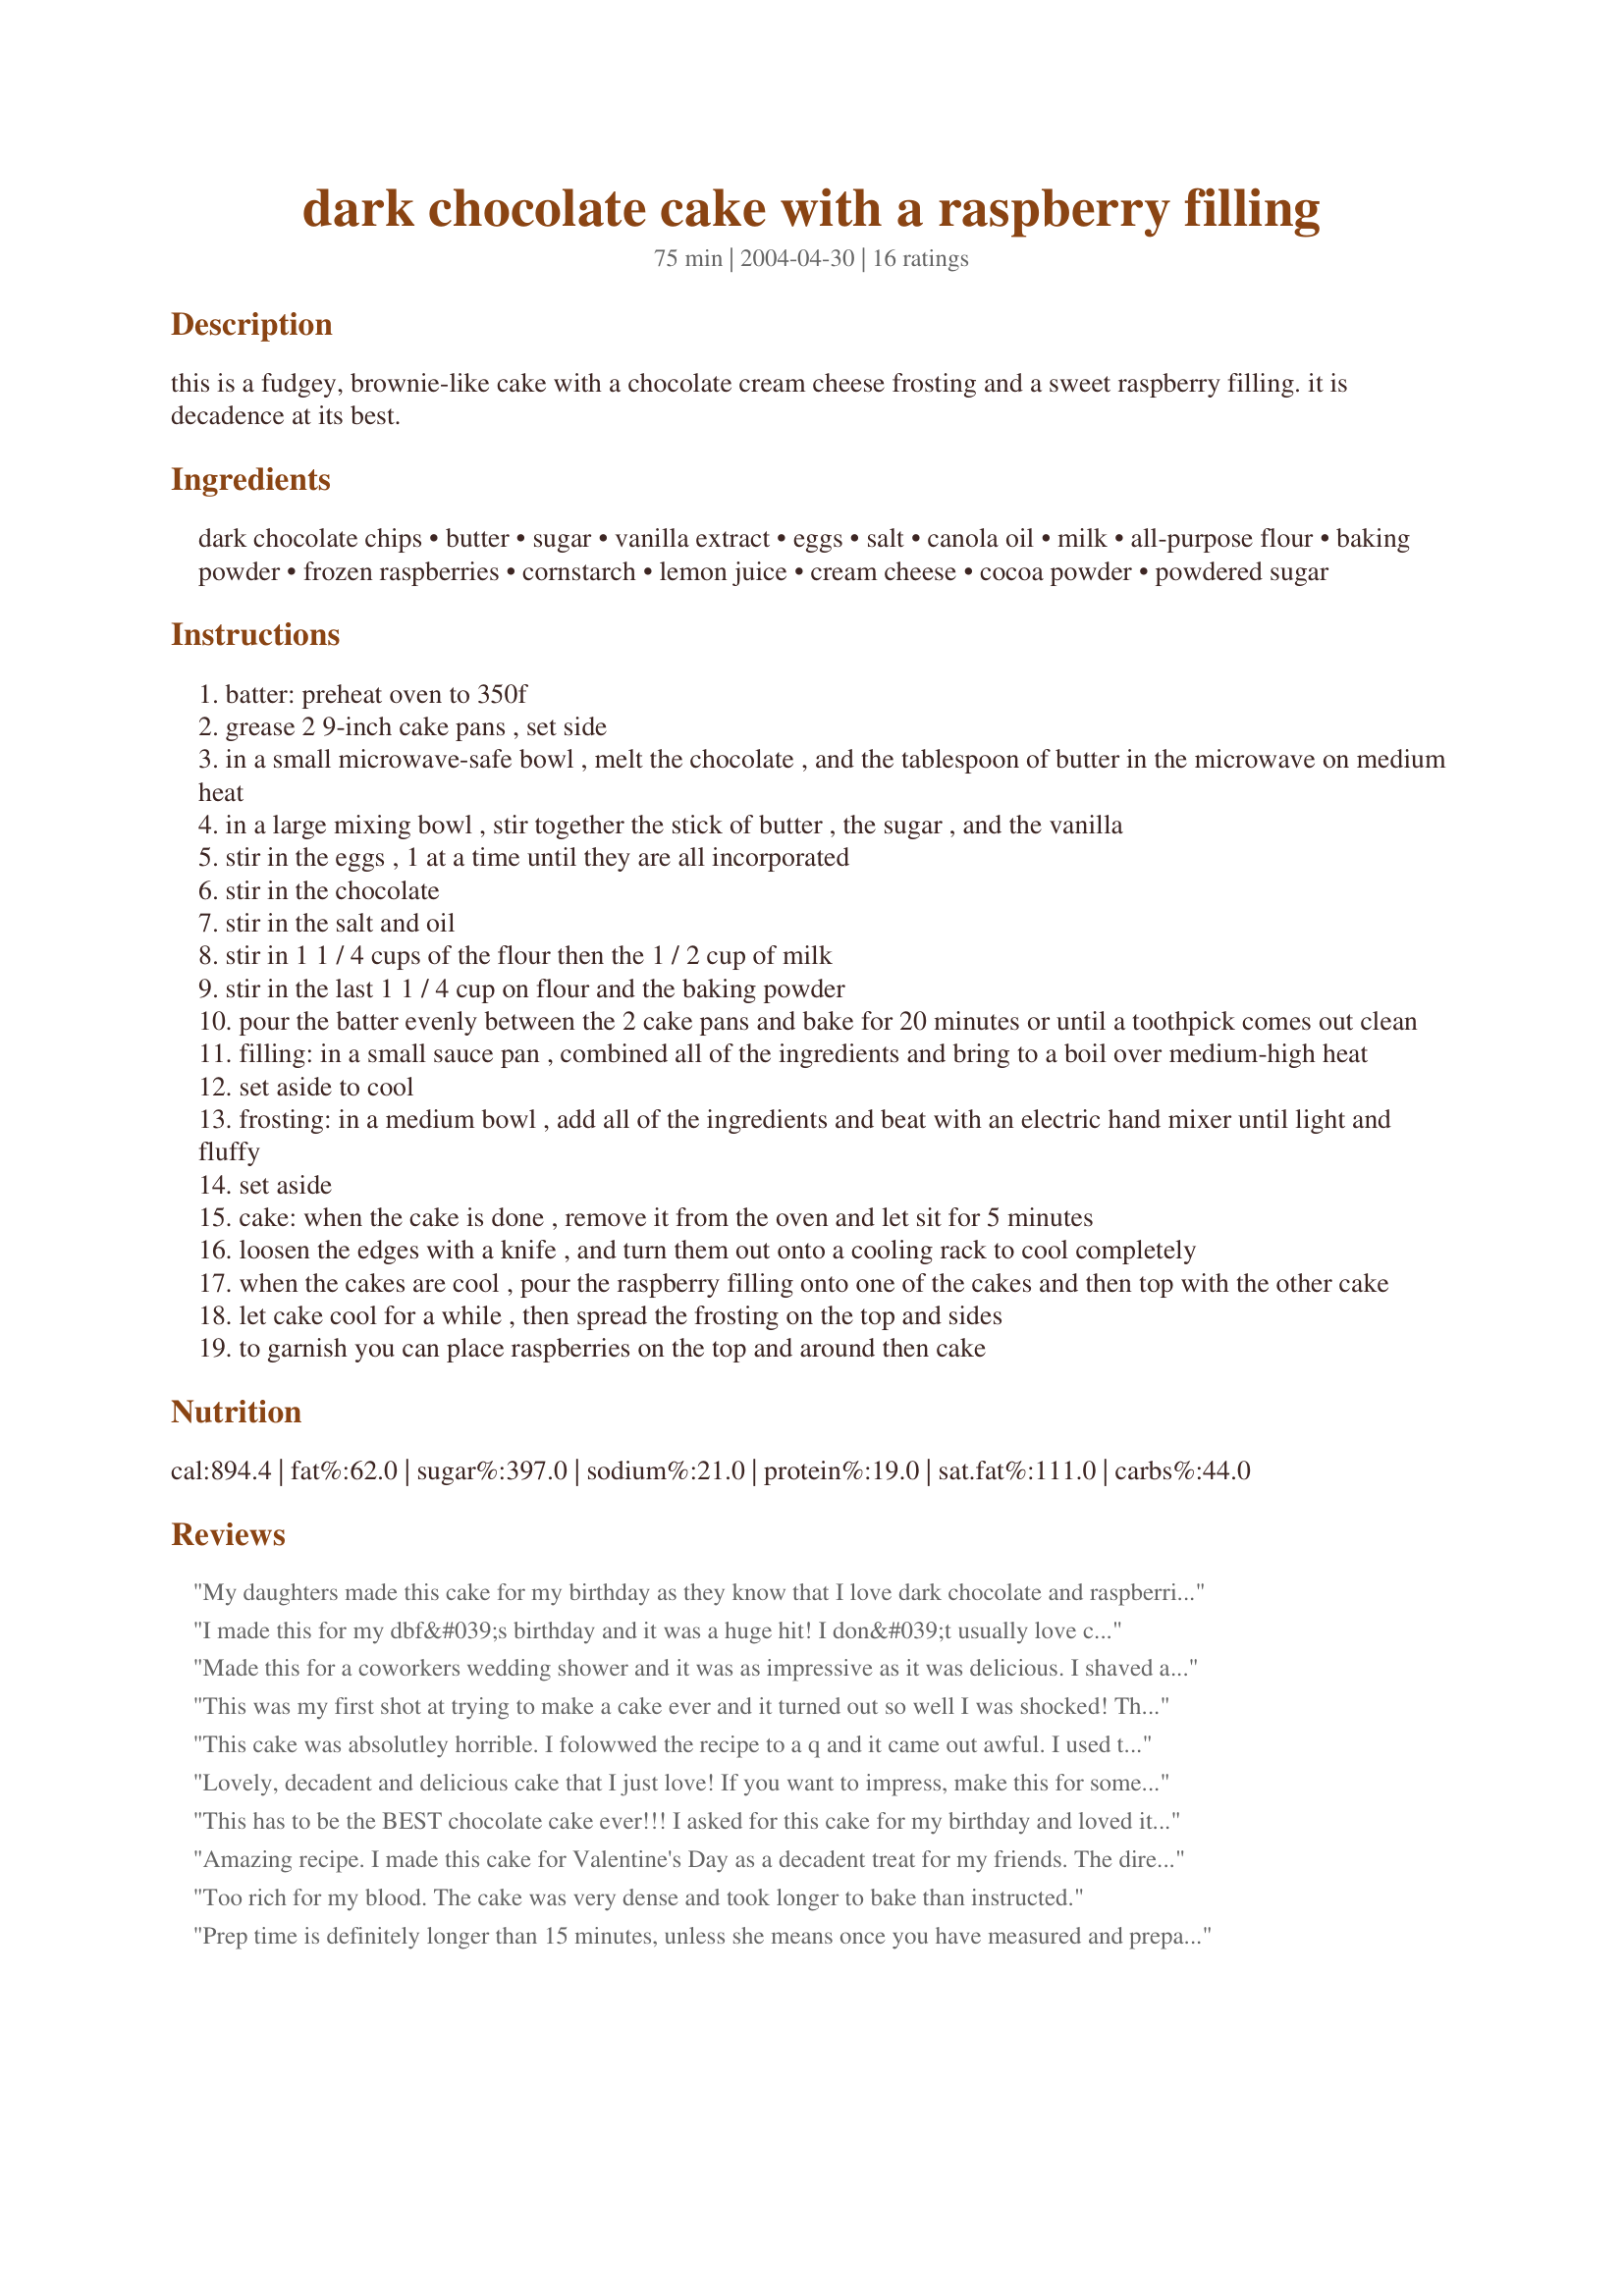
dark chocolate cake with a raspberry filling
Preparation time: 75 minutes

this is a fudgey, brownie-like cake with a chocolate cream cheese frosting and a sweet raspberry filling. it is decadence at its best.

Ingredients:
dark chocolate chips, butter, sugar, vanilla extract, eggs, salt, canola oil, milk, all-purpose flour, baking powder, frozen raspberries, cornstarch, lemon juice, cream cheese, cocoa powder, powdered sugar

Steps:
batter: preheat oven to 350f
grease 2 9-inch cake pans , set side
in a small microwave-safe bowl , melt the chocolate , and the tablespoon of butter in the microwave on medium heat
in a large mixing bowl , stir together the stick of butter , the sugar , and the vanilla
stir in the eggs , 1 at a time until they are all incorporated
stir in the chocolate
stir in the salt and oil
stir in 1 1 / 4 cups of the flour then the 1 / 2 cup of milk
stir in the last 1 1 / 4 cup on flour and the baking powder
pour the batter evenly between the 2 cake pans and bake for 20 minutes or until a toothpick comes out clean
filling: in a small sauce pan , combined all of the ingredients and bring to a boil over medium-high heat
set aside to cool
frosting: in a medium bowl , add all of the ingredients and beat with an electric hand mixer until light and fluffy
set aside
cake: when the cake is done , remove it from the oven and let sit for 5 minutes
loosen the edges with a knife , and turn them out onto a cooling rack to cool completely
when the cakes are cool , pour the raspberry filling onto one of the cakes and then top with the other cake
let cake cool for a while , then spread the frosting on the top and sides
to garnish you can place raspberries on the top and around then cake

Reviews:
My daughters made this cake for my birthday as they know that I love dark chocolate and raspberries. It was fabulous! This has definitely become a family favorite :-)
I made this for my dbf&#039;s birthday and it was a huge hit! I don&#039;t usually love chocolate cake but this is more like a huge fudgy brownie with frosting. The raspberries lend a wonderful tartness to cut the sweetness of the rest of the cake. Only a couple of notes...I think 15 minutes is a little optimistic for prep time because there are three separate steps but even a novice baker can handle them one at a time. The other thing is rather funny...I&#039;m impatient and I always want to get to the cake so I don&#039;t prepare the pans ahead of time. Don&#039;t be like me! By the time I washed and greased the pans the batter was so thick I had to play mud pies with it! It didn&#039;t effect the terrific end result but I made a mess pressing the batter in the heart shaped pans with my fingers! This is an outstanding cake if you want something different. Thanks for the great recipe!&lt;br/&gt;Just an update: After polishing off every last crumb of this cake we all declared this the best cake we have EVER had. If you are reading this recipe...don&#039;t hesitate to make it, you won&#039;t be sorry!&lt;br/&gt;Another Update: I made this as cupcakes(just the cake) for my BBF&#039;s son&#039;s wedding reception. I filled them with vanilla creme and placed a bowl of fudge frosting next to them for people who wanted it(didn&#039;t need it at all).They RAVED about it. I don&#039;t like chocolate cake, especially dark chocolate yet I have to admit that not all of them reached the reception and for some strange reason:) my dress didn&#039;t fit as well as before...good thing I made lots!
Made this for a coworkers wedding shower and it was as impressive as it was delicious. I shaved a little gourmet bittersweet chocolate over the top. Very rich but the raspberries cut through it nicely.
This was my first shot at trying to make a cake ever and it turned out so well I was shocked! The recipe is easy to follow and the results are amazing! I think I dirtied every dish in the house in the process but it was worth the effort. I did cupcakes instead of a whole cake because I didn't have any other kind of pan at home. I cut the out the tops of the cupcakes and filled them with the raspberry filling and poked the tops back on sealing them in place with the frosting it was delicious! Hopefully my picture will be up soon! Thank you so much for this recipe!
This cake was absolutley horrible. I folowwed the recipe to a q and it came out awful. I used the same exact ingredients and everything. It was dry and hard and just disqusting. The filling was wonderful however it dispointed me how the recipe uses frozen raspberries instead of fresh. The frosting was amazing too. But the cake just ruined it for me.
Lovely, decadent and delicious cake that I just love! If you want to impress, make this for someone special for their birthday. They will think they are very special indeed!
This has to be the BEST chocolate cake ever!!! I asked for this cake for my birthday and loved it! The cake is dense like a brownie and the tart raspberry sauce compliments the sweet chocolate. It does require a little time to make, but it is well worth it (as I made it later for my mom's birthday). You must try this delicious cake!
Amazing recipe. I made this cake for Valentine's Day as a decadent treat for my friends. The directions specify to "pour" the batter into the two cake pans, but it's TOO thick to pour. Don' be alarmed, this cake has a brownie consistency---the batter is very thck and gooey. Make sure to spead even in the pan and not worry that it isn't rising. I saved time by using Betty Crocker's dutch chocolate frosting and no one was the wiser. The filling is super easy and GREAT!!!
Too rich for my blood. The cake was very dense and took longer to bake than instructed.
Prep time is definitely longer than 15 minutes, unless she means once you have measured and prepared everything. Does use lots of dishes and measuring cups/spoons so quite a cleanup. Recipe says to bake 20 mins or until toothpick comes out clean. At 20 mins my cake was still wet and gooey on the toothpick. At 24 it still wasnt clean. I finally removed it at 26 even though the toothpick still had sticky chocolate traces on it. I think it was overbaked. It probably needs to be treated like a pan of brownies that appears slightly underbaked. The cake was very dense but too firm and not like a fudgy brownie (almost firm like a flourless chocolate torte) which I think was due to overbaking. This is definitely for a sweet tooth and brownie torte lovers. The filling was good. Frosting was good too. Don&#039;t keep it out of the fridge too long after making it or it will be too soft to frost the cake and you wont get nice swirls. I would make the frosting after the cake is cool and ready to frost for easier decorating. I am going to try this cake with a less dense/brownie like cake recipe. Heads up....a tiny slice goes a long way you could probably feed 16 people with this cake after a meal since it&#039;s so rich..half a normal slice is plenty. &lt;br/&gt;&lt;br/&gt;Bottom line dont bake it for much longer than the recommended 20 mins even if the toothpick isnt clean. Don&#039;t choose this recipe if you dont like heavier, truffle like cake recipes.
This is now my family's favorite cake. I made it for my daughter's birthday, and my husband has already told me he wants me to make one for his birthday. I followed the directions exactly as written and this turned out really well. The cake is rich and moist and the raspberry filling was a nice little sweet surprise in the middle. The frosting was probably the best frosting I've ever made.
I made this last night for two girl friends and we were practically orgasmic over the results. The person who gave this a horrible review obviously did not do the recipe correctly. It turned out wonderfully. The only change I made was to use DARK CHOCOLATE COCOA POWDER for the frosting. Keeping everything DARK CHOCOLATE is the key to making it fantastic. There is nothing more yummy than dark chocolate and raspberries together. Will definitely make again!!
delicious. made for my daughter&#039;s birthday. as stated by other reviewers, the cake is very dense and brownie like, do not overbake. filling was a little sweeter than i would have liked, i used fresh raspberries and had to use a little more cornstarch and sugar to get a filling consistency. cream cheese frosting was very good, recipe made just the right amount. &lt;br/&gt;overall-very rich cake, a small piece goes a long way, but delish. takes a while to make, but worth it.
My daughter requested a chocolate cake with raspberries for her birthday last week. This cake fit the bill perfectly. As the description said, the consistency is more like a brownie, but it is really quite wonderful. We all enjoyed it, & my daughter couldn't have been happier with her birthday cake. I made it in heart shaped pans, as her birthday is just a few days before Valentine's Day, and the presentation was beautiful.
MMmmmmmm...very rich and VERY good!!! I have made this twice now and it's a big hit. The only thing I noticed is that the frosting doesn't call for milk...so I added that on my own. Also, the second time I also added whipping cream, chocolate mousse, and fresh raspberries to the middle along with the raspberry sauce and topped the frosting with chocolate covered raspberries and shaved chocolate crumbs. The problem is that everything falls out of the center. Next time I will be baking a double batch of cake; cutting out the center of two of them so the rings can hold in all the fillings in the middle!!
I'm not much of a cook but I found this recipe on here about 1.5 years ago. My boyfriend and his kids are chocolate crazies! I decided to try it for his daughter's 18th birthday. OMG... they loved it!! I was tickled pink and very proud of myself. Fast forward 1.5 years to today and his other daughter is having a housewarming party. He asks her what should we bring. Her cousin in the background says "tell 'em to bring that chocolate raspberry cake thing she made!" I was so excited! I ran to my recpie binder and my heart sunk when I realized I didn't print it. Where in the world did I find it? You'll never guess so I'll just tell you... I found it bookmarked on MY BLACKBERRY! I love that thing and we love this cake. Thank you for making a "non cooking/baking" person such a hit!
